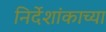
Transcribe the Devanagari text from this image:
निर्देशांकाच्या